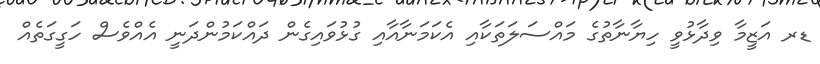
ޑރ އަޒީމާ ވިދާޅުވީ ހިޔާނާތުގެ މައްސަލަތަކާއި އެކަމަނާއާއި ގުޅުވައިގެން ދައްކަމުންދަނީ އެއްވެސް ހަގީގަތެއް